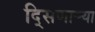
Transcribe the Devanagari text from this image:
दि्सणार्‍या